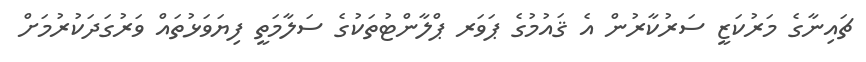
ޗައިނާގެ މަރުކަޒީ ސަރުކާރުން އެ ޤައުމުގެ ޕަވަރ ޕްލާންޓުތަކުގެ ސަލާމަތީ ފިޔަވަޅުތައް ވަރުގަދަކުރުމަށް